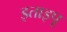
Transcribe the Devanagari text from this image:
इताइपू